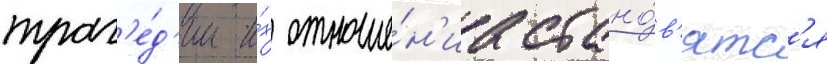
траг'е́д'ии и́х отноше́н'иа стано́в'ятс'я